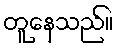
တူနေသည်။